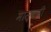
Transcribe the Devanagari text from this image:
मास्कवी